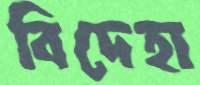
বিদেহা